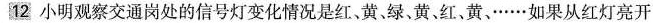
12 小明观察交通岗处的信号灯变化情况是红，黄。绿、黄，红、黄、… … 如果从红灯亮开